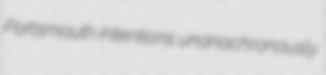
Portsmouth intentions unanachronously